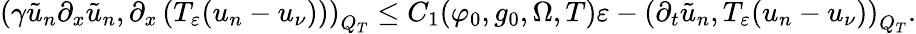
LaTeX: \left(\gamma\tilde{u}_{n}\partial_{x}\tilde{u}_{n},\partial_{x}\left(T_{\varepsilon}(u_{n}-u_{\nu})\right)\right)_{Q_{T}}\leq C_{1}(\varphi_{0},g_{0},\Omega,T)\varepsilon-\left(\partial_{t}\tilde{u}_{n},T_{\varepsilon}(u_{n}-u_{\nu})\right)_{Q_{T}}.